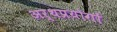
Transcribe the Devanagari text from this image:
अर्थप्रयोगों